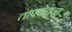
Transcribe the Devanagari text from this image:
तापचेतना